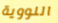
النووية